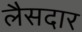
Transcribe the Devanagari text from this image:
लैसदार